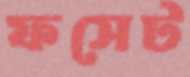
ফসেট